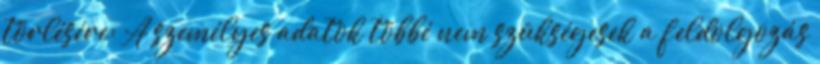
törlésére: A személyes adatok többé nem szükségesek a feldolgozás